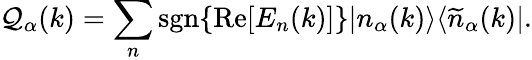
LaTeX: {\cal Q}_{\alpha}(k)=\sum_{n}\mathrm{sgn}\{ \mathrm{Re}[E_{n}(k)]\} |n_{\alpha}(k)\rangle\langle\widetilde{n}_{\alpha}(k)|.